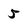
Character: 5